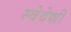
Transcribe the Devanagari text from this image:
स्वेदेशी